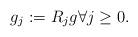
LaTeX: \begin{align*} g_j := R_j g \forall j \geq 0. \end{align*}